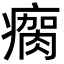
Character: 瘸